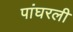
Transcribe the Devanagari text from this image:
पांघरली